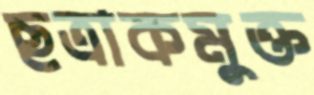
ছত্রাকমুক্ত